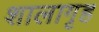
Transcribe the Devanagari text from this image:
शालागृह